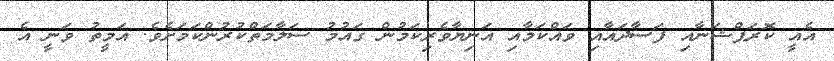
އެއީ ކޮރަޕްޝަނާއި ފަސާދައާއި ވައްކަމާއި އަނިޔާވެރިކަމުން ގައުމު ސަލާމަތްކުރުންކަމަށެވެ. އަމީތު ވަނީ އެ